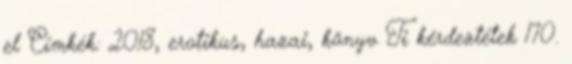
el Címkék: 2018, erotikus, hazai, könyv Ti kérdeztétek 170.